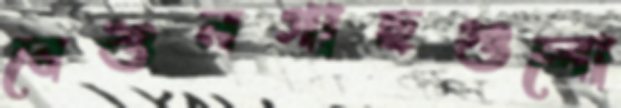
বেগুনগাছগুলো